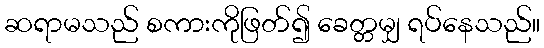
ဆရာမသည် စကားကိုဖြတ်၍ ခေတ္တမျှ ရပ်နေသည်။